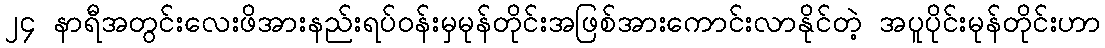
၂၄ နာရီအတွင်းလေးဖိအားနည်းရပ်ဝန်းမှမုန်တိုင်းအဖြစ်အားကောင်းလာနိုင်တဲ့ အပူပိုင်းမုန်တိုင်းဟာ